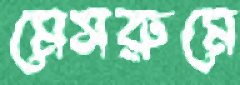
মেসরুমে